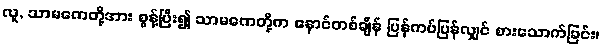
လူ, သာမဏေတို့အား စွန့်ပြီး၍ သာမဏေတို့က နောင်တစ်ချိန် ပြန်ကပ်ပြန်လျှင် စားသောက်ခြင်း၊